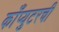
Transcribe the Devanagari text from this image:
काँप्युटरची